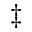
^ \ddagger